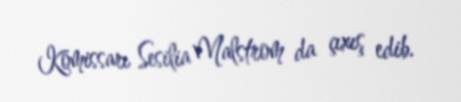
Komissarı Sesilia Malstrom da çıxış edib.